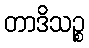
တာဒိသဉ္စ